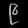
Digit: ၉